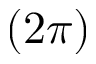
( 2 \pi )